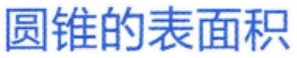
圆锥的表面积